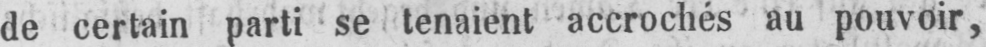
de certain parti se tenaient accrochés au pouvoir,